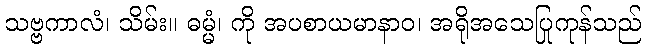
သဗ္ဗကာလံ၊ သိမ်း။ ဓမ္မံ၊ ကို အပစာယမာနာဝ၊ အရိုအသေပြုကုန်သည်